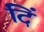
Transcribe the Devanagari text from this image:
दिं